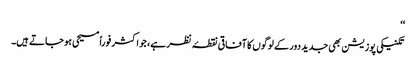
‘‘
تکنیکی پوزیشن بھی جدید دور کے لوگوں کا آفاقی نقطۂ نظر ہے، جو اکثر فوراً مسیحی ہو جاتے ہیں۔